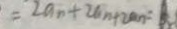
= 2 a _ { n } + 2 b _ { n } + 2 a _ { n } = 1